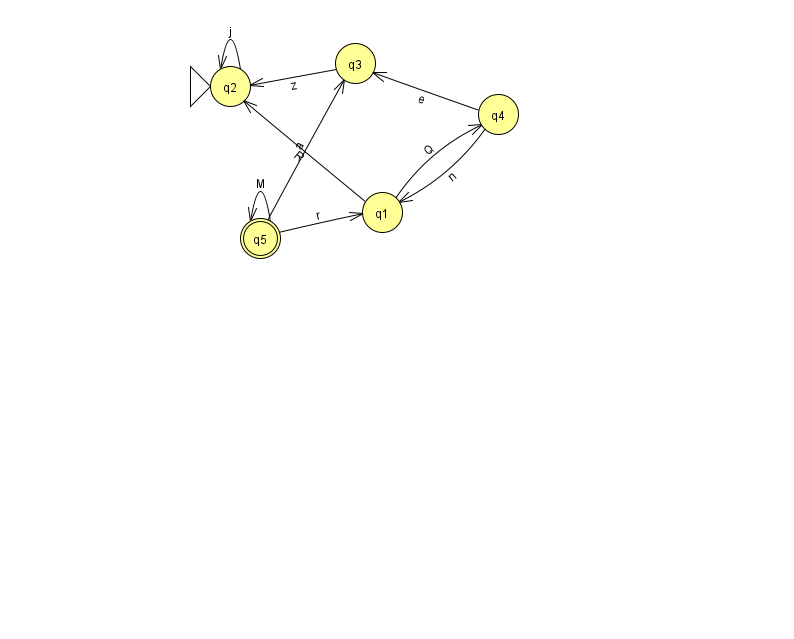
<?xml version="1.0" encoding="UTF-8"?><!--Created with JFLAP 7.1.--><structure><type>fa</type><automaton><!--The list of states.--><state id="1" name="q1"><x>382.0</x><y>199.0</y></state><state id="2" name="q2"><x>230.0</x><y>73.0</y><initial/></state><state id="3" name="q3"><x>355.0</x><y>50.0</y></state><state id="4" name="q4"><x>498.0</x><y>101.0</y></state><state id="5" name="q5"><x>260.0</x><y>225.0</y><final/></state><!--The list of transitions.--><transition><from>1</from><to>4</to><read>Q</read></transition><transition><from>5</from><to>3</to><read>a</read></transition><transition><from>1</from><to>2</to><read>R</read></transition><transition><from>3</from><to>2</to><read>z</read></transition><transition><from>2</from><to>2</to><read>j</read></transition><transition><from>4</from><to>1</to><read>n</read></transition><transition><from>4</from><to>3</to><read>e</read></transition><transition><from>5</from><to>1</to><read>r</read></transition><transition><from>5</from><to>5</to><read>M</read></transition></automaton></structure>